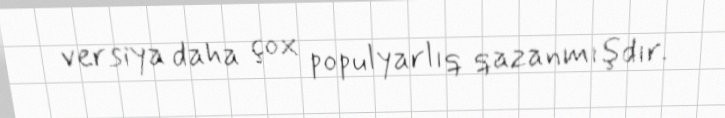
versiya daha çox populyarlıq qazanmışdır.